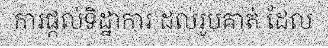
ការផ្តល់ទិដ្ឋាការ ដល់រូបគាត់ ដែល